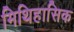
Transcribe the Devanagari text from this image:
मिथिहासिक